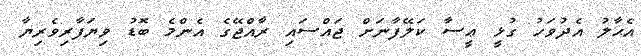
އެޙާލު އެދުވަހު ގުޅީ ޢީސާ ކަލޭފާނަށް ޖައްސައި ރާއްޖޭގެ އެންމެ ބޮޑު ވިޔަފާރިވެރިޔާ